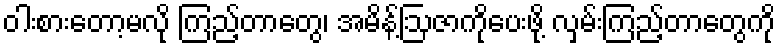
ဝါးစားတော့မလို ကြည့်တာတွေ၊ အမိန့်ဩဇာကိုပေးဖို့ လှမ်းကြည့်တာတွေကို